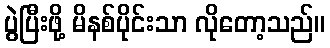
ပွဲပြီးဖို့ မိနစ်ပိုင်းသာ လိုတော့သည်။